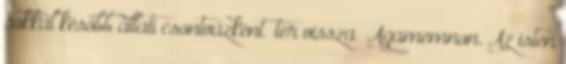
sokkal később állati csontvázként „tér vissza” Agamemnon. Az isten